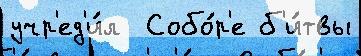
учр'ед'и́л  Собо́р'е б'и́твы